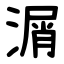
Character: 㴮